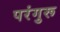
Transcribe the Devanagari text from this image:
परंगुरू